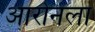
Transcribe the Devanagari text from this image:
आरोनला